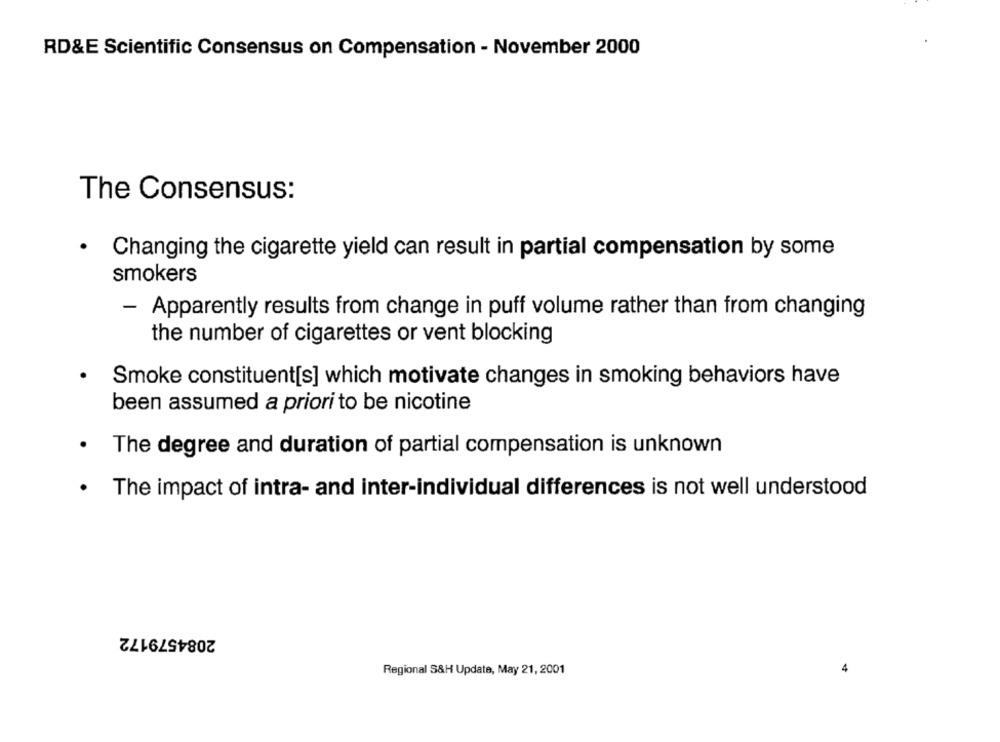
RD&E Scientific Consensus on Compensation - November 2000
The Consensus:
· Changing the cigarette yield can result in partial compensation by some
smokers
- Apparently results from change in puff volume rather than from changing
the number of cigarettes or vent blocking
Smoke constituent[s] which motivate changes in smoking behaviors have
been assumed a priori to be nicotine
· The degree and duration of partial compensation is unknown
.
The impact of intra- and inter-individual differences is not well understood
2084579172
Regional S&H Update, May 21, 2001